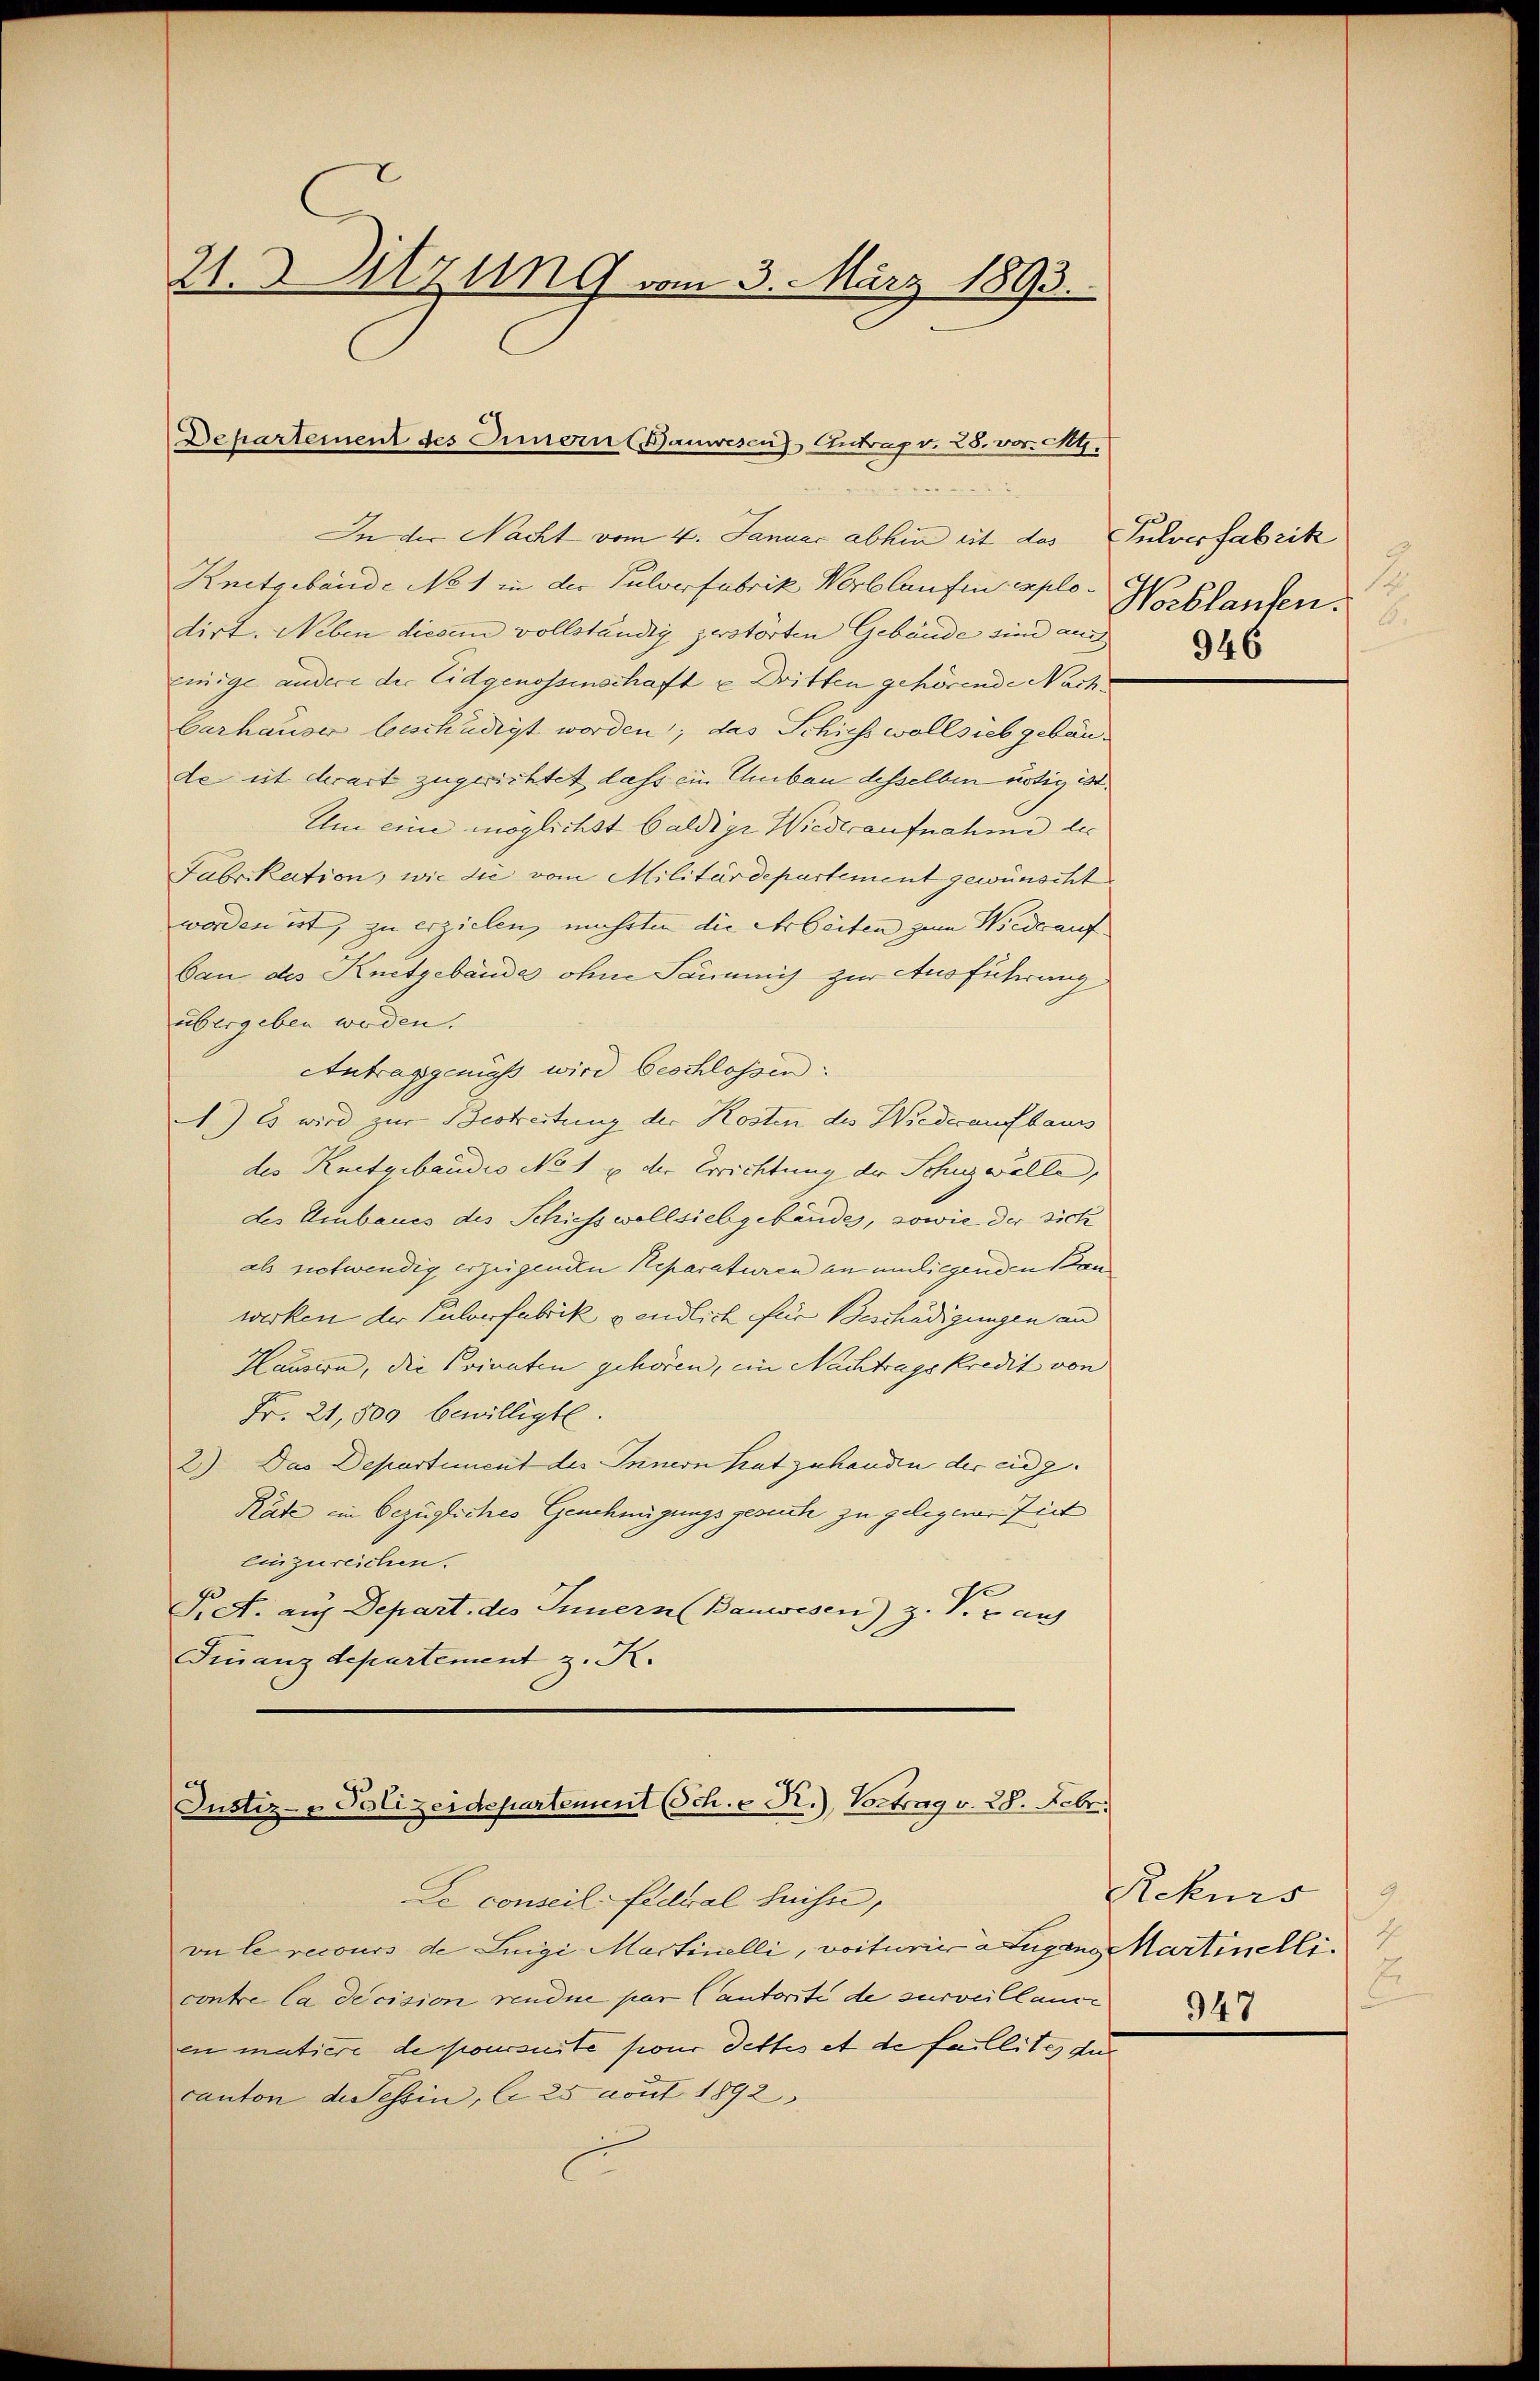
21. Sitzung vom 3. März 1893.

Departement des Eimern (Bauwesen Antrag v. 28. vor. M.

In der Nacht vom 4. Januar abhin eit des Pulverfabrik
Knetgebäude No 1 in der Pulverfabrik Verblaufen explodirt. Neben diesem vollständig zerstörten Gebäude sind auch
einige andere der Eidgenossenschaft u Dritten gehörende Nach¬
Carhauser beschädigt worden; das Schiehs wollsieb gebäude ist erart zugerichtet dass ein Umbau desselben nötig ist.
Um eine möglichst baldige Wiederaufnahme des
Fabrikation, wie die vom Militärdepartement gewünscht
worden ist, zu erzielen, mehrten die Arbeiten zum Wiederaufban des Knetgebäudes ohne Säumig zur Ausführung
übergeben werden.
Antraggenüss wird beschlossen:
A) Es wird zur Bestreitung der Kosten des Wiederaufbauss
des Knetgebaudis No 1 u der Errichtung der Schuzwelle
des Umbaues des Schiess wollsiebgebäudes, sowie der sich
als notwendig erzeigenden Reparaturen an umliegenden Kan
werken der Pulverfabrik gendlich für Beschädigungen und
Hausern, die Privaten gehören, im Nachtrags kredit von
Fr. 21,800 bewilligte.
2.) Das Departement des Innern hat zuhanden der eidg.
Räte in bezügliches Genehmigungsgesuch zu gelegener Zeit
Einzureichen.
Pr. A. auf Depart. des Innern Bauwesen) Z. V. B. auf
Finanzdepartement z. K.

Justiz- & Polizeidepartement Sch. - R.), Vortrag v. 28. Febr.
Le conseil Federal Suisse,

vn le recours de Luigi Martinelli, voiturie erfügung artinelli
contre la decision rendue par (antorité de surveillance
en matiere de poursuite pour dettes et de faillites dur
canton des essin, le 25 coust 1892

B
1
Hoblaufen.
B.

Rekurs
E
947